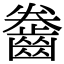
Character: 齤